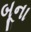
બૂના